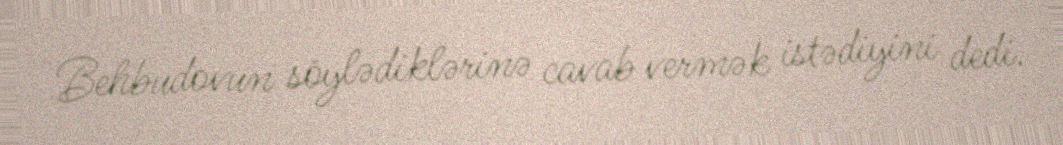
Behbudovun söylədiklərinə cavab vermək istədiyini dedi.